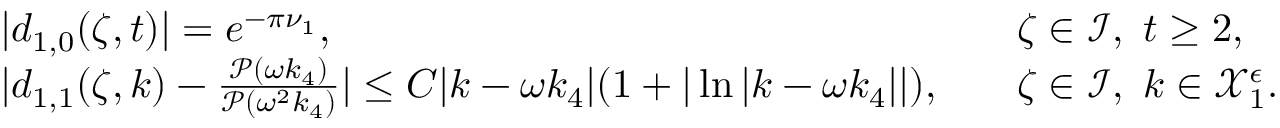
\begin{array} { r l r l } & { | d _ { 1 , 0 } ( \zeta , t ) | = e ^ { - \pi \nu _ { 1 } } , } & & { \zeta \in \mathcal { I } , \ t \geq 2 , } \\ & { | d _ { 1 , 1 } ( \zeta , k ) - \frac { \mathcal { P } ( \omega k _ { 4 } ) } { \mathcal { P } ( \omega ^ { 2 } k _ { 4 } ) } | \leq C | k - \omega k _ { 4 } | ( 1 + | \ln | k - \omega k _ { 4 } | | ) , } & & { \zeta \in \mathcal { I } , \ k \in \mathcal { X } _ { 1 } ^ { \epsilon } . } \end{array}